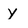
Character: Y